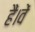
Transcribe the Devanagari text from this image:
हैं।वें